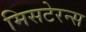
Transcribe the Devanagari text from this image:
मिसटेरन्स